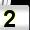
Digit: 2